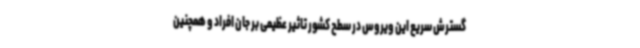
گسترش سریع این ویروس در سطح کشور تاثیر عظیمی بر جان افراد و همچنین